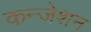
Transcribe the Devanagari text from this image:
कन्जेशन